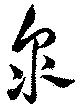
泉